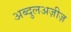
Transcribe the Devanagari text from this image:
अब्दुलअज़ीज़